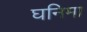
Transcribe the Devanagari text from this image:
घनिमा